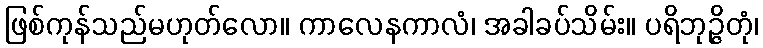
ဖြစ်ကုန်သည်မဟုတ်လော။ ကာလေနကာလံ၊ အခါခပ်သိမ်း။ ပရိဘုဉ္ဇိတုံ၊